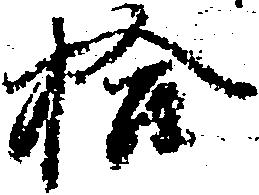
拾